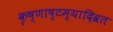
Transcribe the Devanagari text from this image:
कृष्णाष्टम्यादिव्रत